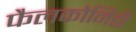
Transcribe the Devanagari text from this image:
फैलकोनिडी